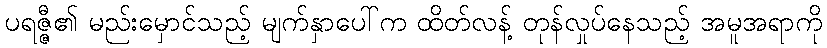
ပရဇ္ဇီ၏ မည်းမှောင်သည့် မျက်နှာပေါ်က ထိတ်လန့် တုန်လှုပ်နေသည့် အမူအရာကို